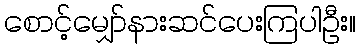
စောင့်မျှော်နားဆင်ပေးကြပါဦး။